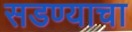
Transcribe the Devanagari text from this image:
सडण्याचा